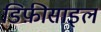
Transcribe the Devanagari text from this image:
डिफ़ीसाइल